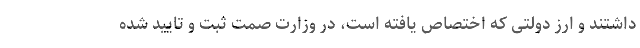
داشتند و ارز دولتی که اختصاص یافته است، در وزارت صمت ثبت و تایید شده